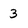
Character: 3